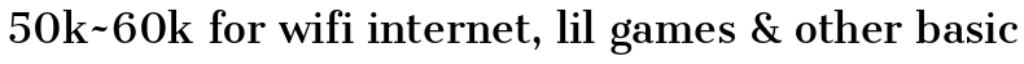
50k~60k for wifi internet, lil games & other basic